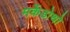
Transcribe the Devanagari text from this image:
मर्केडोथो